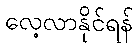
လေ့လာနိုင်ရန်